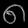
Digit: ၈